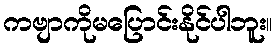
ကဗျာကိုမပြောင်းနိုင်ပါဘူး။